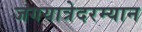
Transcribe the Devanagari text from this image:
जगयात्रेदरम्यान